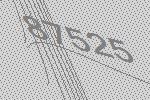
87525